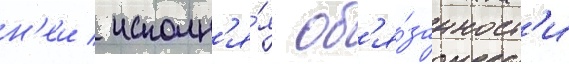
н'еи / исполн'я́я об'я́занност'и